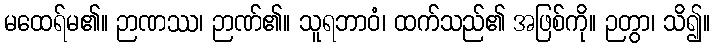
မထေရ်မ၏။ ဉာဏဿ၊ ဉာဏ်၏။ သူရဘာဝံ၊ ထက်သည်၏ အဖြစ်ကို။ ဉတွာ၊ သိ၍။